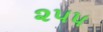
૨૫૫